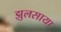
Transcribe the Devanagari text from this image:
झुलसाया